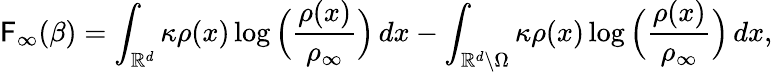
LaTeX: \mathsf{F}_{\infty}(\beta)=\int_{\mathbb{{R}}^{d}}\kappa\rho(x)\log\Big(\frac{{\rho(x)}}{{\rho_{\infty}}}\Big)\, dx-\int_{\mathbb{{R}}^{d}\backslash\Omega}\kappa\rho(x)\log\Big(\frac{{\rho(x)}}{{\rho_{\infty}}}\Big)\, dx,